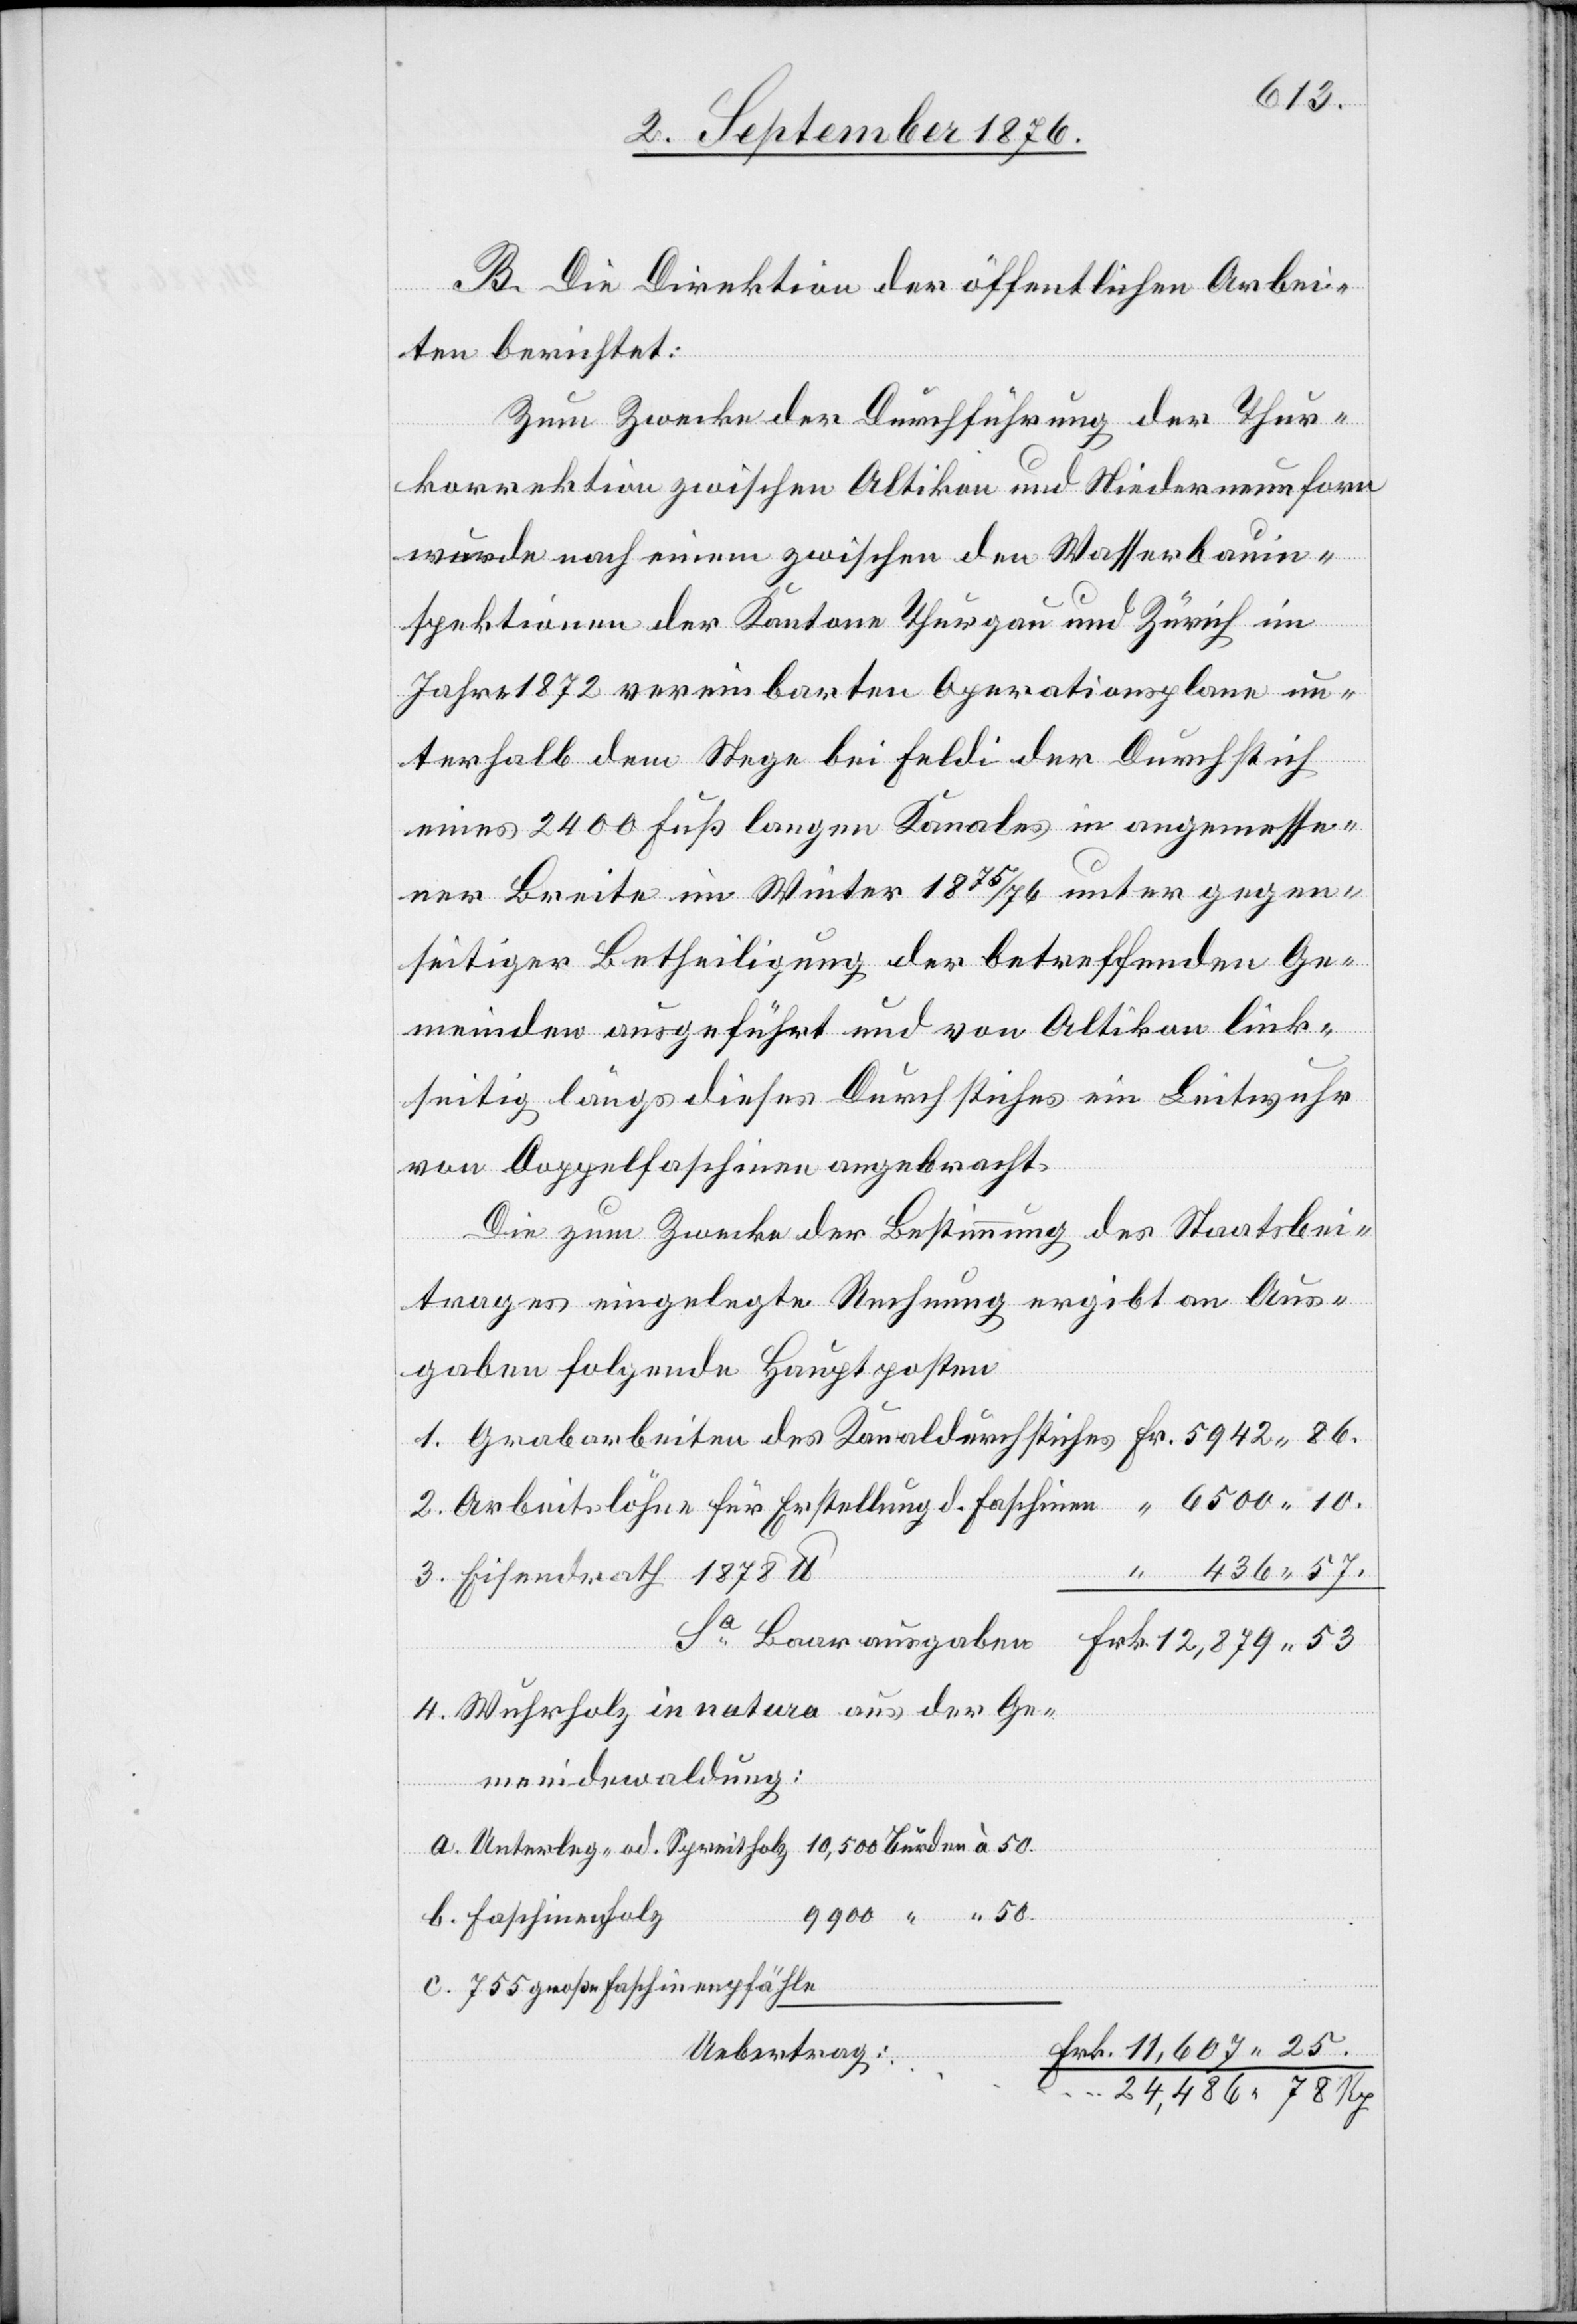
10.
B. Die Direktion der öffentlichen Arbei¬
ten berichtet:
Zum Zwecke der Durchführung der Thur¬
korrektion zwischen Altikon und Niederneunforn
wurde nach einem zwischen den Wasserbauin¬
spektionen der Kantone Thurgau und Zürich im
Jahr 1872 vereinbarten Operationsplane un¬
terhalb dem Stege bei Feldi der Durchstich
eines 2400 Fuß langen Kanals in angemesse¬
ner Breite im Winter 1875/76 unter gegen¬
seitiger Betheiligung der betreffenden Ge¬
meinden ausgeführt und von Altikon link¬
seitig längs dieses Durchstiches ein Leitwuhr
25.
von Doppelfaschinen angebracht.
Die zum Zwecke der Bestimmung des Staatsbei¬
trages eingelegte Rechnung ergibt an Aus¬
gaben folgende Hauptposten
Wuhrholz in natura aus der Ge¬
meindewaldung:
Unterlag- od. Spreitholz 10,500 Bunden à 50.
b.
9900 “ “ 50.
755 große Faschinenpfähle
Uebertrag: